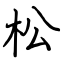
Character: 松